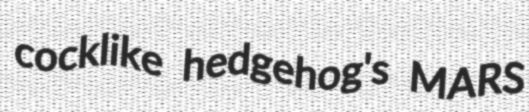
cocklike hedgehog's MARS